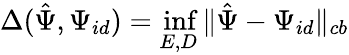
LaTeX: \Delta({\hat{\Psi}},\Psi_{id})=\operatorname*{inf}_{E,D}\| {\hat{\Psi}}-\Psi_{id}\| _{cb}